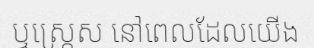
ឬស្ត្រេស នៅពេលដែលយើង